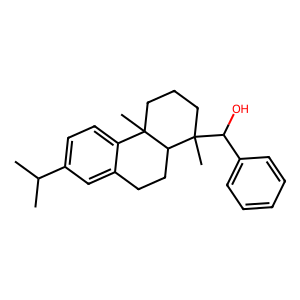
SMILES: CC(C)c1ccc2c(c1)CCC1C2(C)CCCC1(C)C(O)c1ccccc1
Inhibits HIV replication: No